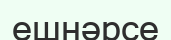
ешнәрсе